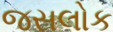
જસલોક